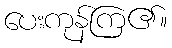
ပေးကုန်ကြ၏။